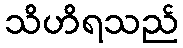
သိဟိရသည်